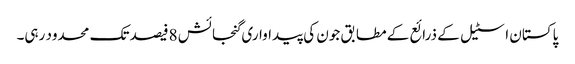
پاکستان اسٹیل کے ذرائع کے مطابق جون کی پیداواری گنجائش 8فیصد تک محدود رہی۔